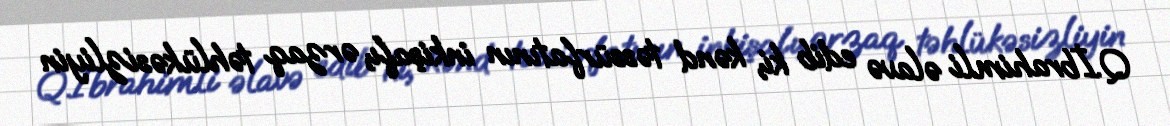
Q.İbrahimli əlavə edib ki, kənd təssürfatının inkişafı, ərzaq təhlükəsizliyin